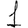
Digit: 1